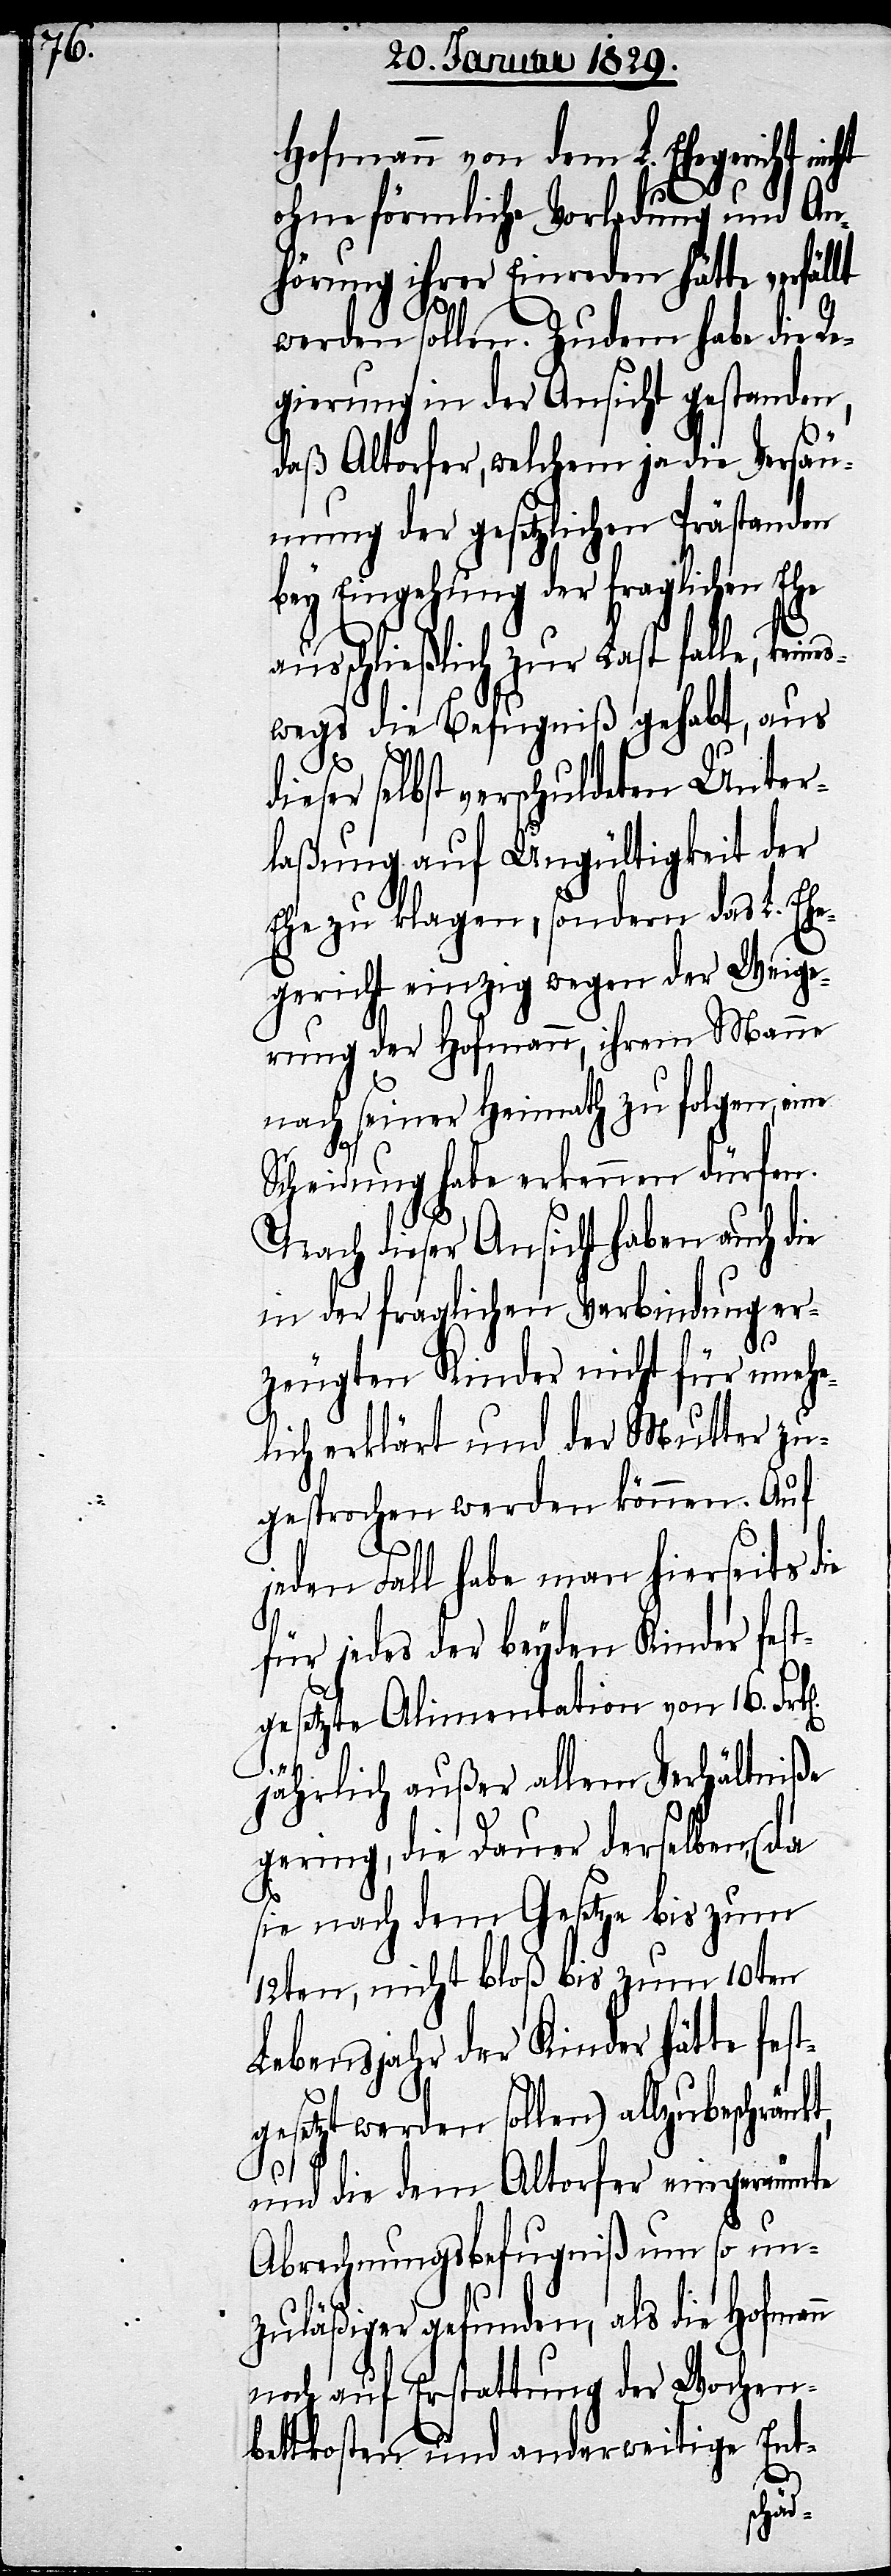
Hofmann von dem L. Ehegericht ni¬
nkt,
ohne förmliche Vorladung und An¬
hörung ihrer Einreden hätte verfäl¬
werden sollen. Zudem habe die R¬
egierung in der Ansicht gestanden,
daß Altorfer, welchem ja die Versäu¬
mung der gesetzlichen Prästanden
bey Eingehung der fraglichen Ehe
ausschließlich zur Last falle,
wegs die Befugniß gehabt, aus
ieser selbst verschuldeten Unter¬
laßung auf Ungültigkeit der
Ehe zu klagen, sondern das L. Ehe¬
gericht einzig wegen der Weige¬
rung der Hofmann, ihrem Manne
nach seiner Heimath zu folgen, eine
Scheidung habe erkennen dürfen.
Nach dieser Ansicht haben auch die
in der fraglichen Verbindung er¬
zeugten Kinder nicht für unehe¬
lich erklärt und der Mutter zu¬
gesprochen werden können. Auf
jeden Fall habe man hierseits d¬
für jedes der beyden Kinder fest¬
gesetzte Alimentation von 16. Fr¬
jährlich außer allem Verhältniße
gering, die Dauer derselben, (da
sie nach dem Gesetze bis zum
12ten, nicht bloß bim zum 10ten
Lebensjahr der Kinder hätte fest¬
gesetzt werden sollen) allzu beschrä¬
und die dem Altorfer eingeräumte
Abrechnungsbefugniß um so un¬
zuläßiger gefunden, als die Hofmann
noch auf Erstattung der Wochen¬
bettkosten und anderweitiger Ent-
k[en].